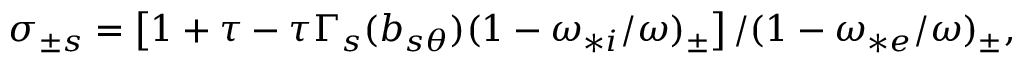
\begin{array} { r } { \sigma _ { \pm s } = \left[ 1 + \tau - \tau \Gamma _ { s } ( b _ { s \theta } ) ( 1 - \omega _ { * i } / \omega ) _ { \pm } \right] / ( 1 - \omega _ { * e } / \omega ) _ { \pm } , } \end{array}